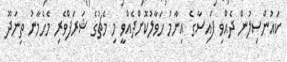
ކައުންސިލުން ދެއްވި ފައިސާގެ އިނާމު ހަވާލުކޮށްދެއްވީ މި މެޗުގެ ޝަރަފްވެރި މެހެމާނު ތިނަދޫ